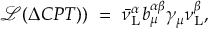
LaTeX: { \mathcal { L } } ( \Delta C P T ) ) ~ = ~ \bar { \nu } _ { \mathrm { L } } ^ { \alpha } { b _ { \mu } ^ { \alpha \beta } } { \gamma _ { \mu } } { \nu _ { \mathrm { L } } ^ { \beta } } ,